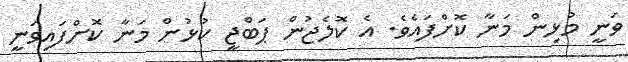
ވަނީ މުޅިން މަނާ ކޮށްފައެވެ. އެ ކޮލެޖުން ޕަބްޖީ ކުޅުން މަނާ ކޮށްފައިވަނީ